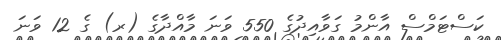
ކަސްޓަމްސް އާންމު ގަވާއިދުގެ 550 ވަނަ މާއްދާގެ (ރ) ގެ 12 ވަނަ